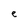
Character: e